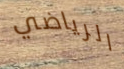
الرياضي